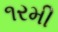
૧રમી